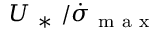
U _ { \mathrm { ~ * ~ } } / \dot { \sigma } _ { \mathrm { ~ m ~ a ~ x ~ } }